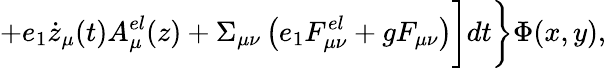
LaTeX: +e_{1}\dot{z}_{\mu}(t)A_{\mu}^{el}(z)+\Sigma_{\mu\nu}\left(e_{1}F_{\mu\nu}^{el}+gF_{\mu\nu}\right)\biggr]dt\biggr\} \Phi(x,y),